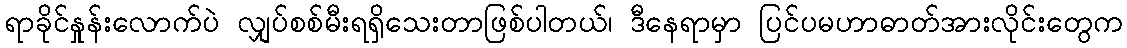
ရာခိုင်နှုန်းလောက်ပဲ လျှပ်စစ်မီးရရှိသေးတာဖြစ်ပါတယ်၊ ဒီနေရာမှာ ပြင်ပမဟာဓာတ်အားလိုင်းတွေက